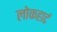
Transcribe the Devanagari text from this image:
लोकहार्ट